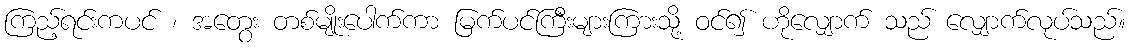
ကြည့်ရင်းကပင် ၊ အတွေး တစ်မျိုးပေါက်ကာ မြက်ပင်ကြီးများကြားသို့ ဝင်၍ ဟိုလျှောက် သည် လျှောက်လုပ်သည်။